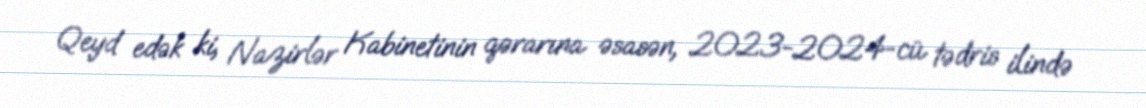
Qeyd edək ki, Nazirlər Kabinetinin qərarına əsasən, 2023-2024-cü tədris ilində